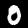
Label: 0